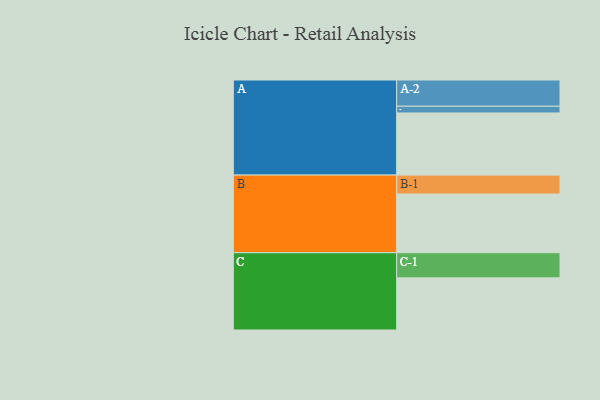
{"axis": {"x": "Segment", "y": "Value"}, "legend": ["", "A", "B", "C"], "data": [{"x": "A", "y": 590, "type": ""}, {"x": "B", "y": 557, "type": ""}, {"x": "C", "y": 495, "type": ""}, {"x": "A-1", "y": 64, "type": "A"}, {"x": "A-2", "y": 249, "type": "A"}, {"x": "B-1", "y": 180, "type": "B"}, {"x": "C-1", "y": 239, "type": "C"}]}